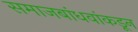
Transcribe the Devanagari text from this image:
समाजबांधवांकडून